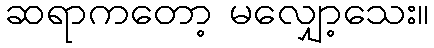
ဆရာကတော့ မလျှော့သေး။